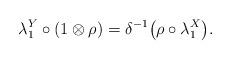
LaTeX: \begin{gather*}\lambda_1^Y \circ(1\otimes\rho)=\delta^{-1}\big(\rho\circ\lambda_1^X\big).\end{gather*}